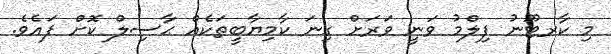
މި ކާރޓޫނު ފިލްމު ވަނީ ވަރަށް ގިނަ ކާމިޔާބީތަކެއް ޙާސިލް ކޮށް ފައެވެ.